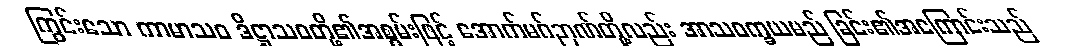
ကြွင်းသော ကာမာသဝ ဒိဋ္ဌာသဝတို့၏အစွမ်းဖြင့် အောက်မဂ်ဉာဏ်တို့လည်း အာသဝက္ခယမည် ခြင်း၏အကြောင်းသည်